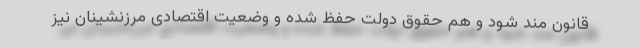
قانون مند شود و هم حقوق دولت حفظ شده و وضعیت اقتصادی مرزنشینان نیز